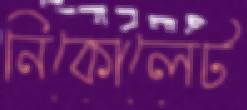
নিকোলেট